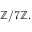
\mathbb { Z } / 7 \mathbb { Z } .